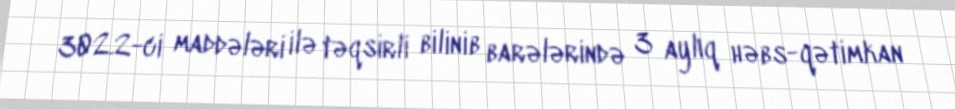
302.2-ci maddələri ilə təqsirli bilinib barələrində 3 aylıq həbs-qətimkan